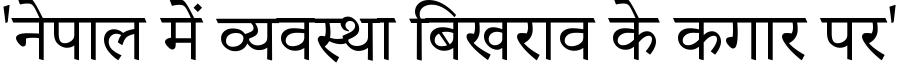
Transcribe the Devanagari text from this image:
'नेपाल में व्यवस्था बिखराव के कगार पर'